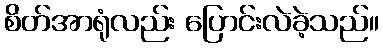
စိတ်အာရုံလည်း ပြောင်းလဲခဲ့သည်။